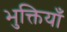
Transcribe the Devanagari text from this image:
भुक्तियाँ